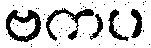
ဗကပ